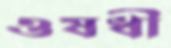
ওষধী